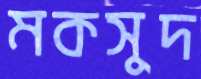
মকসুদ